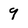
Character: 9